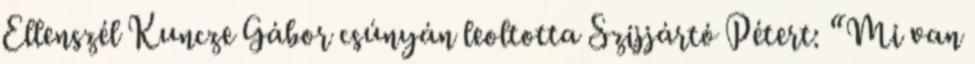
Ellenszél Kuncze Gábor csúnyán leoltotta Szijjártó Pétert: “Mi van